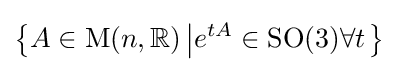
\left\{A\in \operatorname {M} (n,\mathbb {R} )\left|e^{tA}\in \operatorname {SO} (3)\forall t\right.\right\}